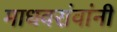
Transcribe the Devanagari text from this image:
माधवरांवांनी